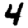
Digit: 4